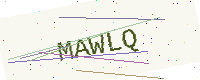
Text: MAWLQ